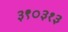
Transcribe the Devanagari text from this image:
३९०३१३